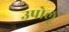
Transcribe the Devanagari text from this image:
उपोलू